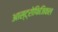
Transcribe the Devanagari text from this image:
आस्ट्रोफिजिकल